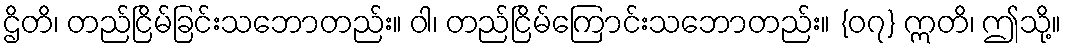
ဌိတိ၊ တည်ငြိမ်ခြင်းသဘောတည်း။ ဝါ၊ တည်ငြိမ်ကြောင်းသဘောတည်း။ {၀၇} ဣတိ၊ ဤသို့။